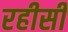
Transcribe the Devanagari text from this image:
रहीसी